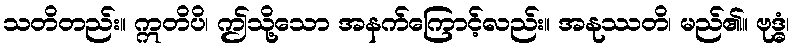
သတိတည်း။ ဣတိပိ၊ ဤသို့သော အနက်ကြောင့်လည်း။ အနုဿတိ၊ မည်၏။ ဗုဒ္ဓံ၊